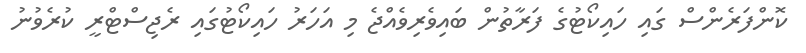
ކޮންފަރެންސް ގައި ހައިކޯޓުގެ ފަރާތުން ބައިވެރިވެއްޖެ މި އަހަރު ހައިކޯޓުގައި ރެޖިސްޓްރީ ކުރެވުނު